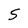
Character: S